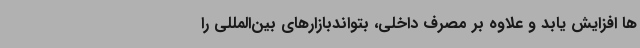
ها افزایش یابد و علاوه بر مصرف داخلی، بتواندبازارهای بین‌المللی را